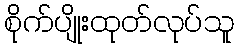
စိုက်ပျိုးထုတ်လုပ်သူ